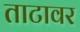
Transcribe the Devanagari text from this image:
ताटावर